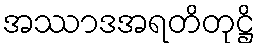
အဿာဒအရတိတုဋ္ဌိ